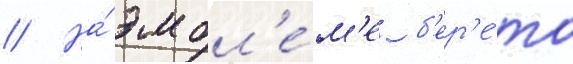
// На́ эмбл'е́м'е б'ер'е́та